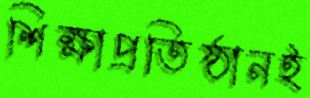
শিক্ষাপ্রতিষ্ঠানই